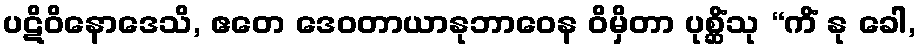
ပဋိဝိနောဒေသိ, ဧတေ ဒေဝတာယာနုဘာဝေန ဝိမှိတာ ပုစ္ဆိံသု “ကိံ နု ခေါ,